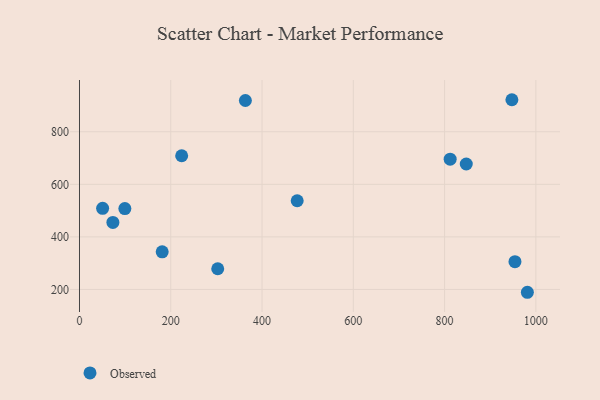
{"axis": {"x": "Investment", "y": "Rating"}, "legend": ["Observed"], "data": [{"x": "477.0", "y": 537.5, "type": "Observed"}, {"x": "363.5", "y": 919.0, "type": "Observed"}, {"x": "50.7", "y": 508.6, "type": "Observed"}, {"x": "812.2", "y": 695.6, "type": "Observed"}, {"x": "947.5", "y": 921.9, "type": "Observed"}, {"x": "847.5", "y": 677.4, "type": "Observed"}, {"x": "981.4", "y": 189.3, "type": "Observed"}, {"x": "73.2", "y": 455.1, "type": "Observed"}, {"x": "223.9", "y": 708.7, "type": "Observed"}, {"x": "302.9", "y": 278.9, "type": "Observed"}, {"x": "954.2", "y": 305.7, "type": "Observed"}, {"x": "99.4", "y": 507.9, "type": "Observed"}, {"x": "181.2", "y": 343.1, "type": "Observed"}]}